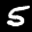
Label: 5